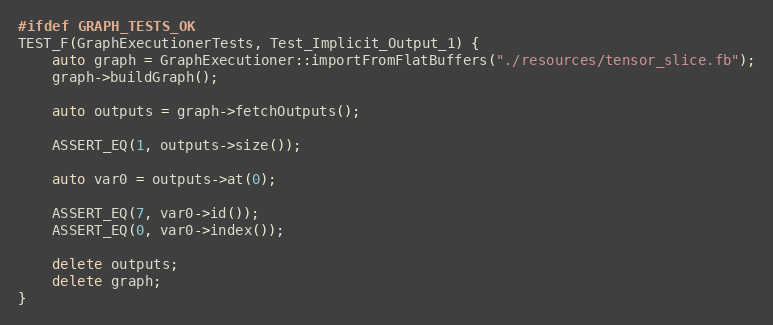
Language: C++
#ifdef GRAPH_TESTS_OK
TEST_F(GraphExecutionerTests, Test_Implicit_Output_1) {
    auto graph = GraphExecutioner::importFromFlatBuffers("./resources/tensor_slice.fb");
    graph->buildGraph();

    auto outputs = graph->fetchOutputs();

    ASSERT_EQ(1, outputs->size());

    auto var0 = outputs->at(0);

    ASSERT_EQ(7, var0->id());
    ASSERT_EQ(0, var0->index());

    delete outputs;
    delete graph;
}